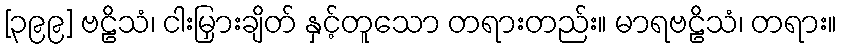
[၃၉၉] ဗဠိသံ၊ ငါးမြှားချိတ် နှင့်တူသော တရားတည်း။ မာရဗဠိသံ၊ တရား။